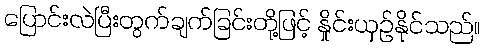
ပြောင်းလဲပြီးတွက်ချက်ခြင်းတို့ဖြင့် နှိုင်းယှဉ်နိုင်သည်။